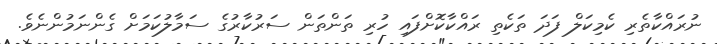
ނުރައްކާތެރި ކެމިކަލް ފަދަ ތަކެތި ރައްކާކޮށްފައި ހުރި ތަންތަން ސަރުކާރުގެ ސަމާލުކަމަށް ގެންނަމުންނެވެ.